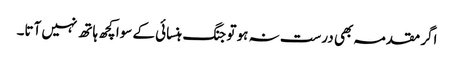
اگر مقدمہ بھی درست نہ ہو تو جنگ ہنسائی کے سوا کچھ ہاتھ نہیں آتا۔